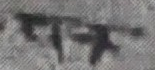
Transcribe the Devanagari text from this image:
पतम